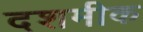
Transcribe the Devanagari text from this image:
दशमीक